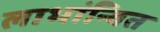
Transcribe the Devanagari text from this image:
लाभांन्वित